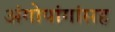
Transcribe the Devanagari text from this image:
अंगोपांगांसह